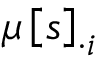
\mu \left[ s \right] _ { \cdot i }